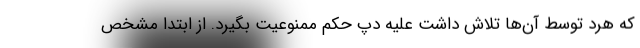
که هرد توسط آن‌ها تلاش داشت علیه دپ حکم ممنوعیت بگیرد. از ابتدا مشخص